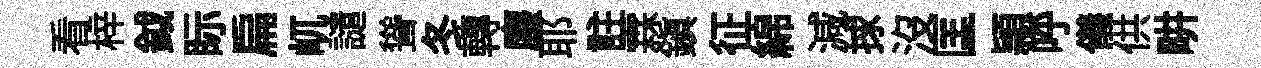
看梓鉞眎扁屼譴聳冬轉麈耶註霖鎭征綿減捄沒匡頴呼儀供畊